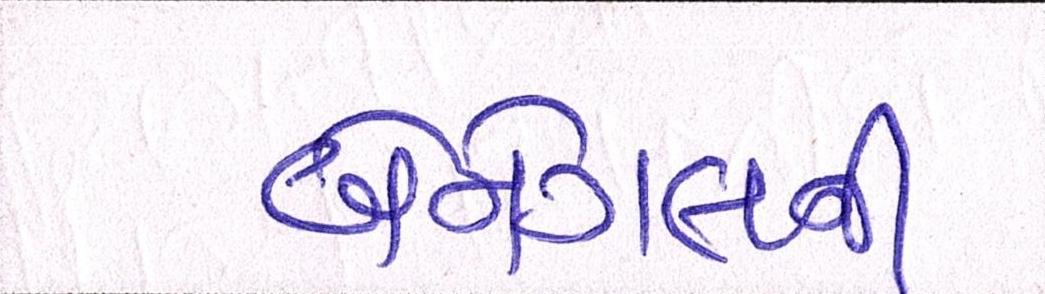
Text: બેનેગલની